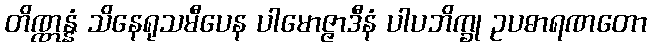
တိဏ္ဏန္နံ သိနေရုသမီပေန ပါမောဇ္ဇာဒီနံ ပါပဘိက္ခု ဥပဓာရဏတော